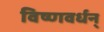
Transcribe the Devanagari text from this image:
विष्णवर्धन्